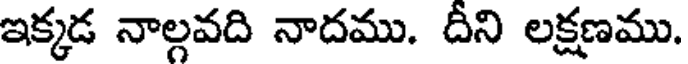
ఇక్కడ నాల్గవది నాదము. దీని లక్షణము.